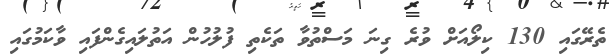
ތެރޭގައި 130 ކިލޯއަށް ވުރެ ގިނަ މަސްތުވާ ތަކެތި ފުލުހުން އަތުލައިގެންފައި ވާކަމުގައި